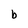
Character: b